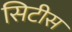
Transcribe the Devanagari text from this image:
सिटीस